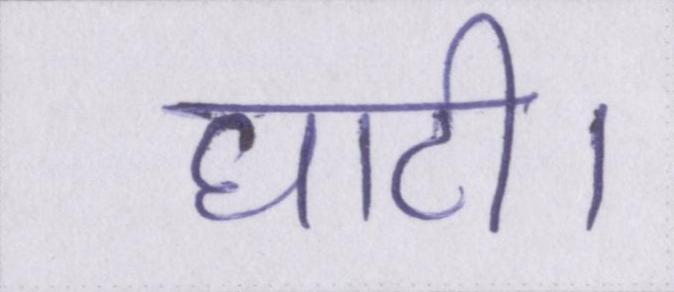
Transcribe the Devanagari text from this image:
घाटी।